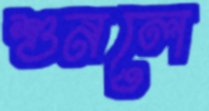
শুনলে